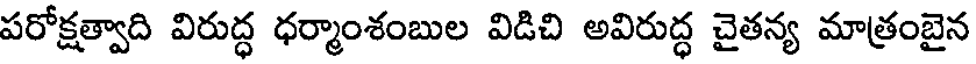
పరోక్షత్వాది విరుద్ధ ధర్మాంశంబుల విడిచి అవిరుద్ధ చైతన్య మాత్రంబైన